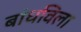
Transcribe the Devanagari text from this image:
बांधविला